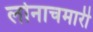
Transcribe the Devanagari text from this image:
लोनाचमारी